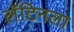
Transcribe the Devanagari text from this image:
लॅटिनला